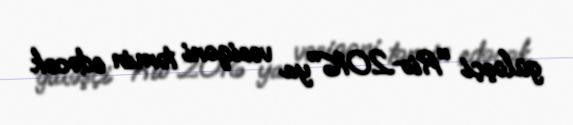
güləşçi "Rio-2016"ya vəsiqəni təmin edəcək.